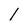
Character: l